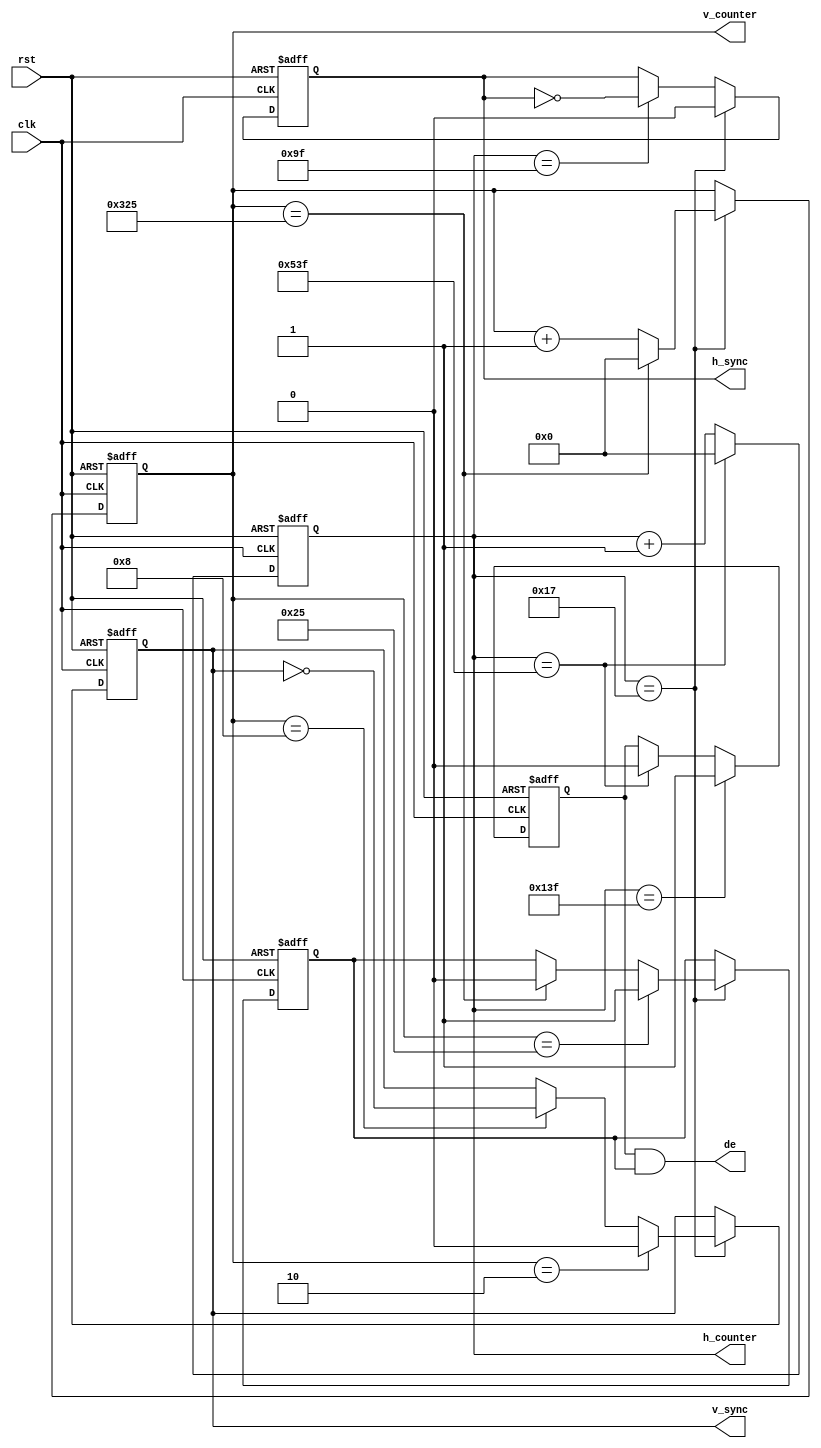
// generate sync signals & display
module vga_sync(
	input                 clk,           //pixel clock
	input                 rst,           //reset signal high active
	output                h_sync,        //horizontal synchronization
	output                v_sync,        //vertical synchronization
	output                de,            //video valid
    output reg [11:0]              h_counter,         //h_counter
    output reg [11:0]              v_counter          //v_counter
	//output reg [7:0]           rgb_r,         //video red data
	//output reg [7:0]           rgb_g,         //video green data
	//output reg [7:0]           rgb_b          //video blue data
);

//define vga mode related resolution parameters

// 640x480  25.175Mhz
// parameter H_ACTIVE = 16'd640;  //horizontal active video
// parameter H_FP = 16'd16;       //horizontal front porch
// parameter H_SYNCP = 16'd96;    //horizontal sync pulse
// parameter H_BP = 16'd48;       //horizontal back porch
// parameter V_ACTIVE = 16'd480;  //vertical active video
// parameter V_FP  = 16'd10;      //vertical front porch
// parameter V_SYNCP  = 16'd2;    //vertical sync pulse
// parameter V_BP  = 16'd33;      //vertical back porch
// parameter HS_POL = 1'b0; 	   //horizontal polarity
// parameter VS_POL = 1'b0;	   //vertical polarity

// 1024*768 65mhz
parameter H_ACTIVE = 16'd1024;
parameter H_FP = 16'd24;      
parameter H_SYNCP = 16'd136;   
parameter H_BP = 16'd160;     
parameter V_ACTIVE = 16'd768; 
parameter V_FP  = 16'd3;      
parameter V_SYNCP  = 16'd6;    
parameter V_BP  = 16'd29;     
parameter HS_POL = 1'b0;
parameter VS_POL = 1'b0;

//800*600 50mhz 72hz refresh rate ->fail
// parameter H_ACTIVE = 16'd800;
// parameter H_FP = 16'd56;      
// parameter H_SYNCP = 16'd120;   
// parameter H_BP = 16'd64;     
// parameter V_ACTIVE = 16'd600; 
// parameter V_FP  = 16'd37;      
// parameter V_SYNCP  = 16'd6;    
// parameter V_BP  = 16'd23;     
// parameter HS_POL = 1'b1;
// parameter VS_POL = 1'b1;

parameter H_TOTAL = H_ACTIVE + H_FP + H_SYNCP + H_BP; //horizontal  (pixels) whole line 
parameter V_TOTAL = V_ACTIVE + V_FP + V_SYNCP + V_BP; //vertical (lines) whole frame

reg hs_reg;                      //horizontal sync register
reg vs_reg;                      //vertical sync register
//reg[11:0] h_counter;             //horizontal counter
//reg[11:0] v_counter;             //vertical counter
reg h_active;                    //horizontal video active
reg v_active;                    //vertical video active
wire video_active;               //video active(horizontal active and vertical active)
assign h_sync = hs_reg;
assign v_sync = vs_reg;
assign video_active = h_active & v_active;
assign de = video_active;

//Hsync clk generator
always@(posedge clk or posedge rst)
begin
	if(rst == 1'b1)
		h_counter <= 0;
	else if(h_counter == H_TOTAL - 1)
		h_counter <= 0;
	else
		h_counter <= h_counter + 1; //h counter ++ after one pixel done
end

//Vsync clk generator
always@(posedge clk or posedge rst)
begin
	if(rst == 1'b1)
		v_counter <= 0;
	else if(h_counter == H_FP - 1)begin //v counter ++ only after one row done
		if(v_counter == V_TOTAL - 1)begin 
			v_counter <= 0;
		end
		else begin
		v_counter <= v_counter + 1;
		end 
	end
	else begin
		v_counter <= v_counter;
	end
end 

//assume h counter start: fp, syncp, bp, active

//horizontal sync zone
always@(posedge clk or posedge rst)
begin
	if(rst == 1'b1)
		hs_reg <= 1'b0;
	else if(h_counter == H_FP - 1)//horizontal sync start
		hs_reg <= HS_POL;
	else if(h_counter == H_FP + H_SYNCP - 1)//horizontal sync end
		hs_reg <= ~ hs_reg;
	else
		hs_reg <= hs_reg;
end

//horizontal active zone
always@(posedge clk or posedge rst)
begin
	if(rst == 1'b1)
		h_active <= 1'b0;
	else if(h_counter == H_FP + H_SYNCP + H_BP - 1)//horizontal active start
		h_active <= 1'b1;
	else if(h_counter == H_TOTAL - 1)//horizontal active end
		h_active <= 1'b0;
	else
		h_active <= h_active;
end

//obtain x coordinate
// always@(posedge clk or posedge rst)
// begin
// 	if(rst == 1'b1)
// 		x_pos <= 0;
// 	else if(h_counter >= H_FP + H_SYNCP + H_BP - 1)//horizontal video active
// 		x_pos <= h_counter - (H_FP[11:0] + H_SYNCP[11:0] + H_BP[11:0] - 1); //current total counts - blanking counts
// 	else
// 		x_pos <= x_pos;
// end

//vertical sync zone
always@(posedge clk or posedge rst)
begin
	if(rst == 1'b1)
		vs_reg <= 1'd0;
	else if((h_counter == H_FP - 1)) begin
		if(v_counter == V_FP - 1)
			vs_reg <= VS_POL;
		else if(v_counter == V_FP + V_SYNCP - 1)
			vs_reg <= ~ vs_reg;
	end
	else
		vs_reg <= vs_reg;
end

//vertical active zone
always@(posedge clk or posedge rst)
begin
	if(rst == 1'b1)
		v_active <= 1'd0;
	else if(h_counter == H_FP - 1)begin
		if(v_counter == V_FP + V_SYNCP + V_BP - 1)
			v_active <= 1'b1;
		else if(v_counter == V_TOTAL - 1)
			v_active <= 1'b0;
	end 
	else
		v_active <= v_active;
end

//obtain y coordinate
// always@(posedge clk or posedge rst)
// begin
// 	if(rst == 1'b1)
// 		y_pos <= 0;
// 	else if(h_counter == H_FP - 1)begin
// 		if(v_counter >= V_FP + V_SYNCP + V_BP - 1)
// 			y_pos <= v_counter - (V_FP[11:0] + V_SYNCP[11:0] + V_BP[11:0] - 1);
// 	end 
// 	else
// 		y_pos <= y_pos;
// end

endmodule